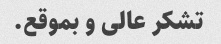
تشکر عالی و بموقع.